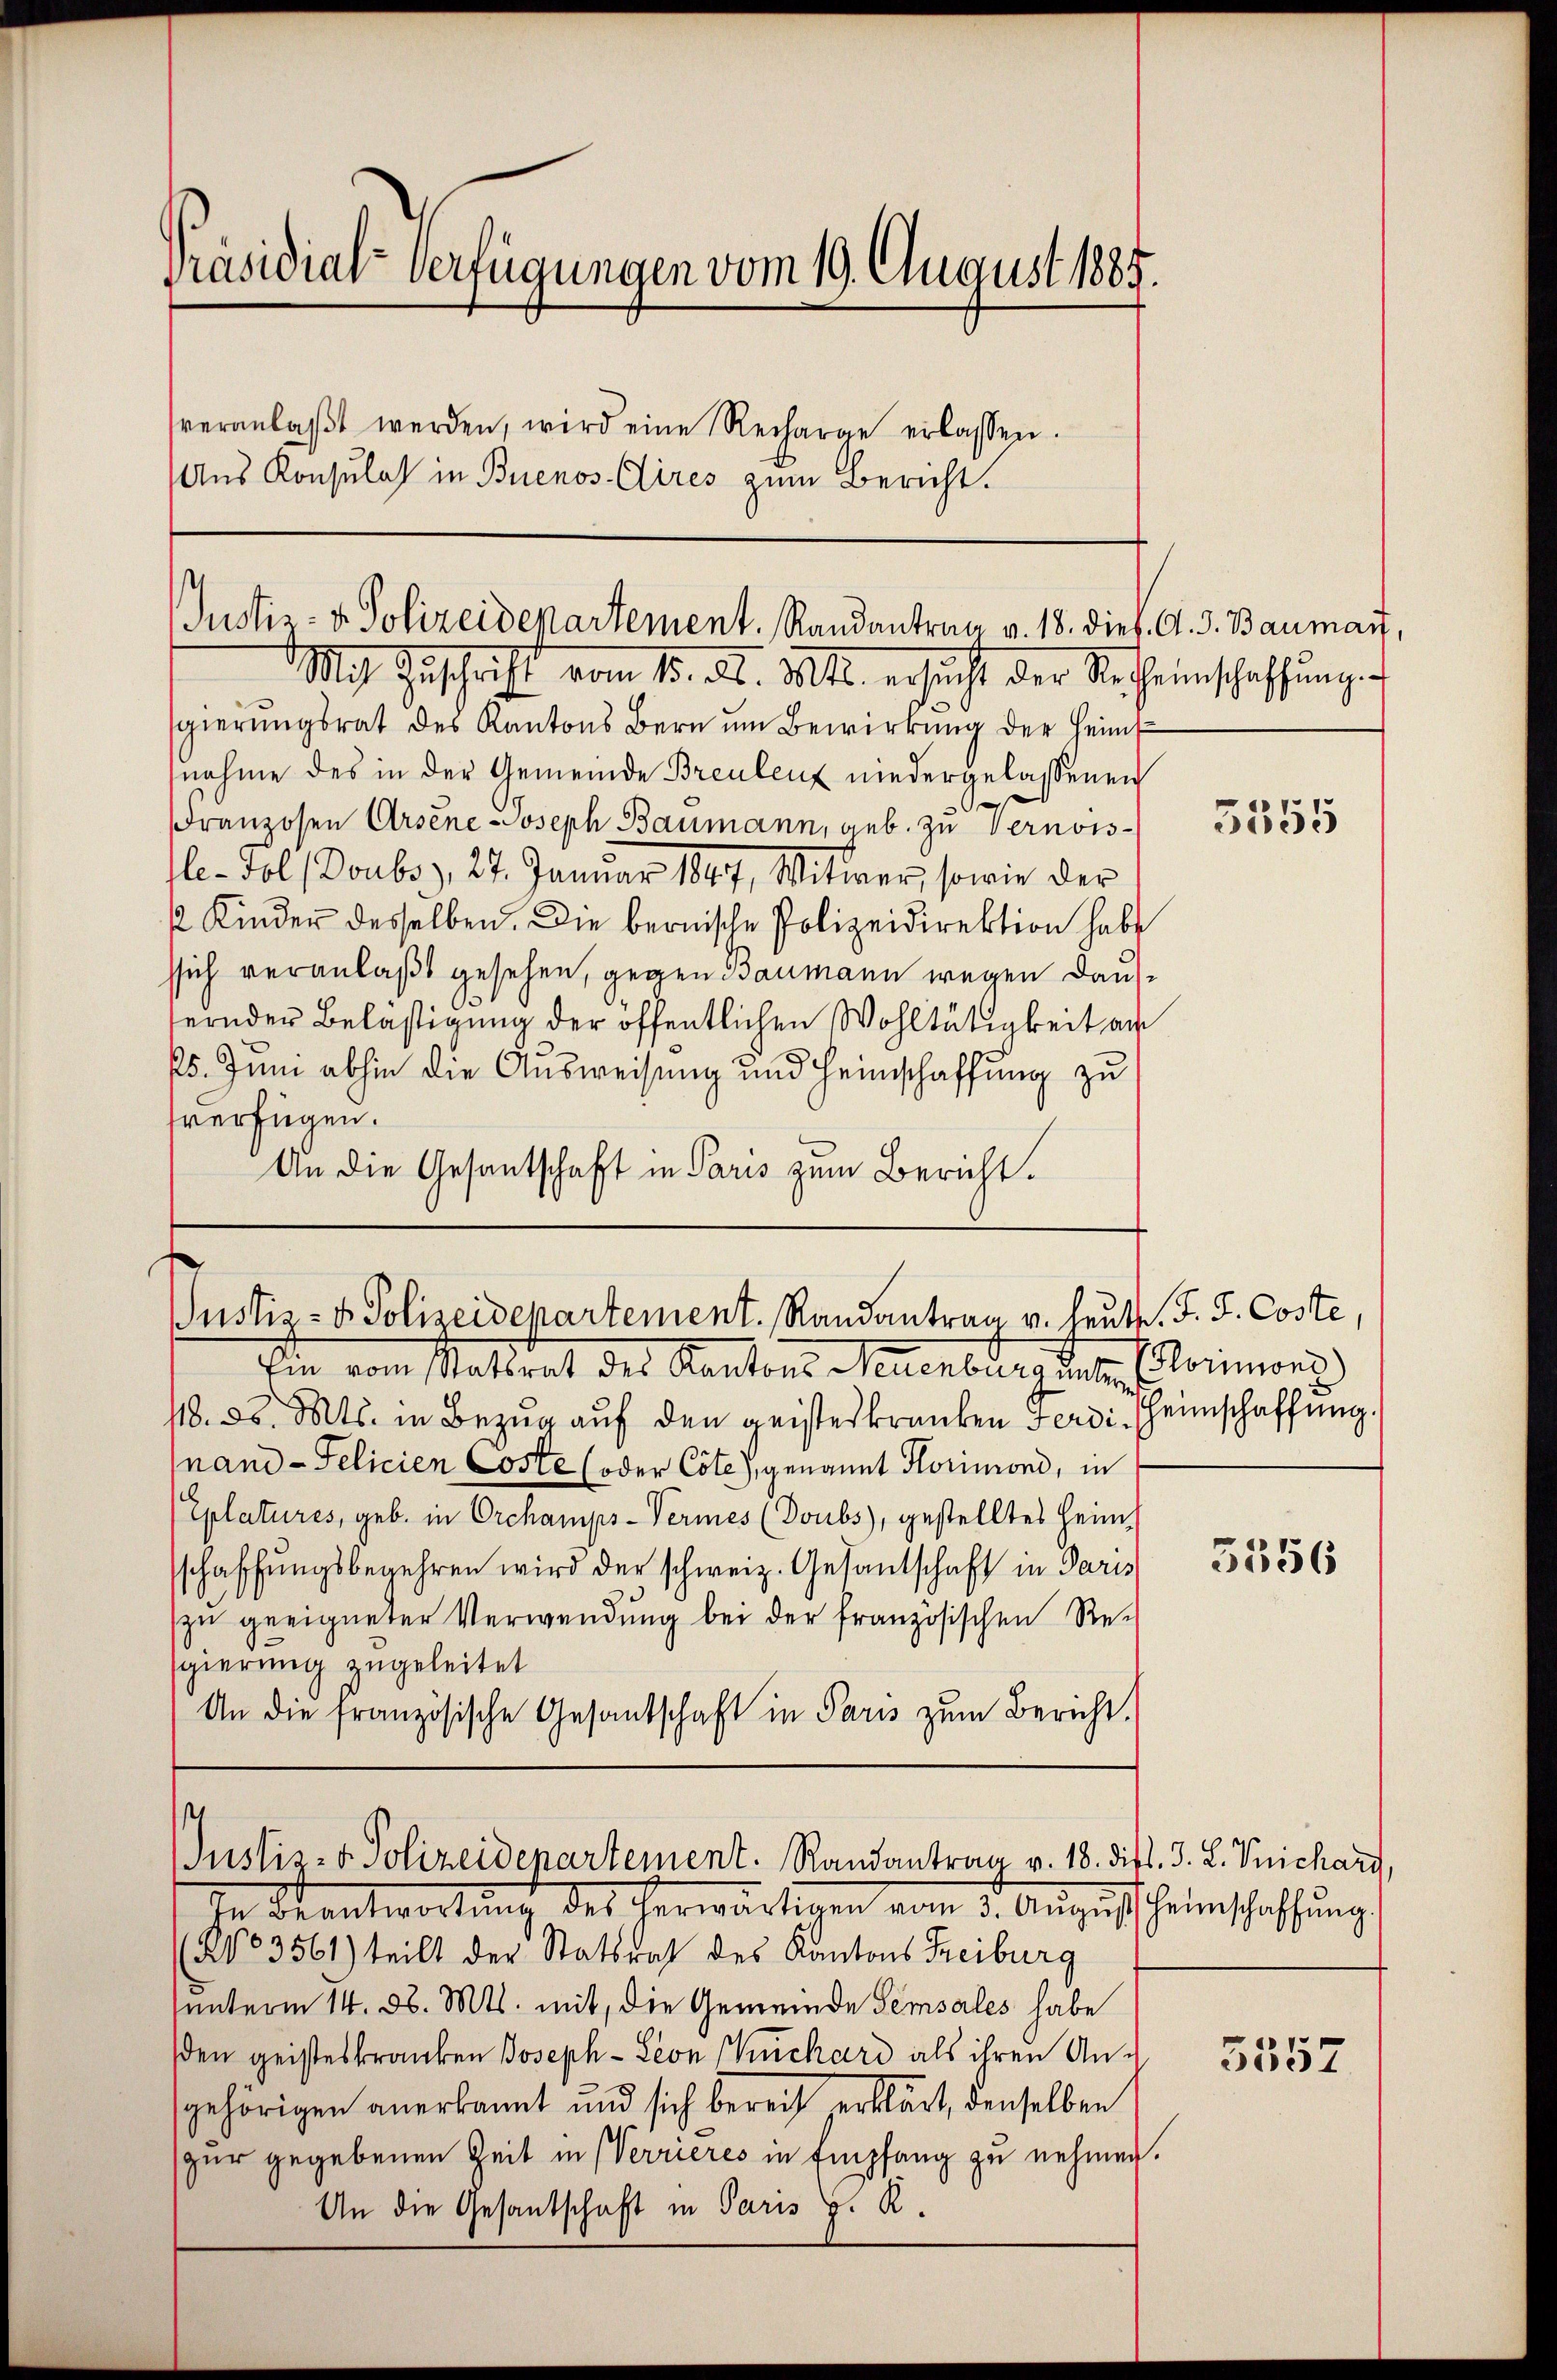
Präsidial-Verfügungen vom 19. August 1885.
veranlaβt werden, wird eine Recharge erlassen.
Aus Konsulas in Buenos Aires zum Bericht.

Justiz- & Polizeidepartement. Randantrag v. 18. Diel. A. S. Baumart,

Justiz- & Polizeidepartement. Randantrag v. Leute. F. S. Coste,

Mit Zuschrift vom 15. A. 1810. ersucht der Sr. Heinschaffungen
sgierŭngsrat des Kantons Bern ŭm Bewirkŭng der Heimf
nahme des in der Gemeinde Breulenz niedergelassenen
¬
Franzosen Arsene Joseph Baumann, geb. zu Vernois-
Ie-Fol Doubs, 27. Januar 1847, Witwer, sowie der
 Kinder desselben. Die bernische Polizeidirektion habe
ssich veranlaßt gesehen, gegen Baumann wegen Dausernder Belästigung der öffentlichen Wohltätigkeit an
ps. Juni abhin die Ausweisung und Heimschaffung zu
sverfügen.
An die Gesantschaft in Paris zum Bericht.

Ein vom Mattet des Kantons Neuenburg stehen
18. d. Mts. in Bezug auf den geisteskranken Ferdi heimschaffung.
nand - Felicien Coste (oder Cote), genannt Horimond, in
Eplatures, geb. in Orchamps-Vermes (Doubs), gestelltes Heim
sschaffŭngsbegehren wird der schweiz. Gesandschaft in Paris
zu geeignerer Verwendung bei der französischen Regierung zugeleitet
An die französische Gesandschaft in Paris zum Bericht

Justiz- & Polizeidepartement. Randantrag v. 18. dist. J. L. Trichart,

In Krantwortung des herwärtigen vom 3. August heimschaffung.
No 3561) teilt der Stattrat des Kantons Freiburg
sunterm 14. d. Mts. mit, die Gemeinde Semsales habe
den geisteskranken Joseph-Seon Kuchard als ihren Angehörigen anerkannt und sich bereich erklärt, denselben
zur gegebenen Zeit in Verrieres in Empfang zu nehmen.
An die Gesantschaft in Paris H. R.

3555

Hlorimons)

3356

5557